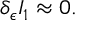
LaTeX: \delta _ { \epsilon } I _ { 1 } \approx 0 .